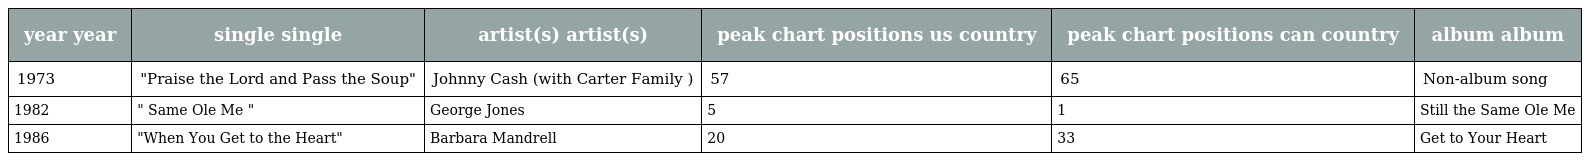
| year year | single single | artist(s) artist(s) | peak chart positions us country | peak chart positions can country | album album |
 | --- | --- | --- | --- | --- | --- |
 | 1973 | "Praise the Lord and Pass the Soup" | Johnny Cash (with Carter Family ) | 57 | 65 | Non-album song |
 | 1982 | " Same Ole Me " | George Jones | 5 | 1 | Still the Same Ole Me |
 | 1986 | "When You Get to the Heart" | Barbara Mandrell | 20 | 33 | Get to Your Heart |